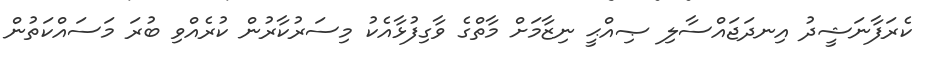
ކެރަފާނަޝީދު އިނދަޖައްސާލި ޞިއްޙީ ނިޒާމަށް މާތްގެ ވާގިފުޅާއެކު މިސަރުކާރުން ކުރެއްވި ބުރަ މަސައްކަތުން